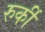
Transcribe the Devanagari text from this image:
रुर्की